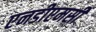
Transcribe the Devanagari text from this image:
एनडीएमसी